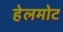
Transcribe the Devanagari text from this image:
हेलमोट